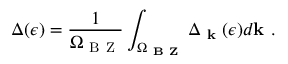
\Delta ( \epsilon ) = \frac { 1 } { \Omega _ { \mathrm { ~ B ~ Z ~ } } } \int _ { \Omega _ { \textbf { B Z } } } \Delta _ { \textbf { k } } ( \epsilon ) d \mathbf { k } ~ .